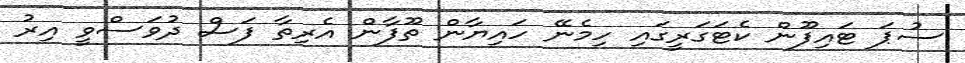
ސުޕަ ޓައިފޫން ކެޓަގަރީގައި ހިމެނޭ ހައިޔާން ތޫފާން އެރިތާ ފަސް ދުވަސްވީ އިރު